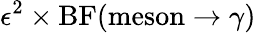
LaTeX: \epsilon^{2}\times\mathrm{BF}(\mathrm{meson}\rightarrow\gamma)